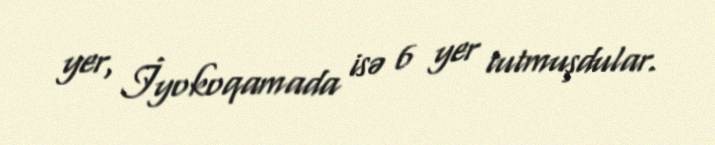
yer, İyokoqamada isə 6 yer tutmuşdular.